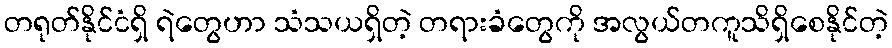
တရုတ်နိုင်ငံရှိ ရဲတွေဟာ သံသယရှိတဲ့ တရားခံတွေကို အလွယ်တကူသိရှိစေနိုင်တဲ့